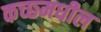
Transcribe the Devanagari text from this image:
कच्छ्मधील